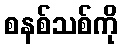
စနစ်သစ်ကို